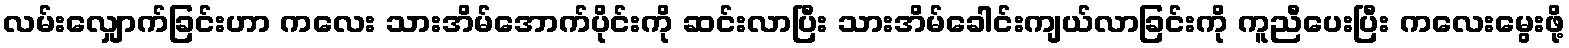
လမ်းလျှောက်ခြင်းဟာ ကလေး သားအိမ်အောက်ပိုင်းကို ဆင်းလာပြီး သားအိမ်ခေါင်းကျယ်လာခြင်းကို ကူညီပေးပြီး ကလေးမွေးဖို့